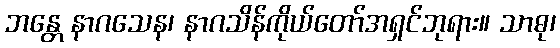
ဘန္တေ နာဂသေန၊ နာဂသိန်ကိုယ်တော်အရှင်ဘုရား။ သာဓု၊